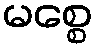
မစ္စေ